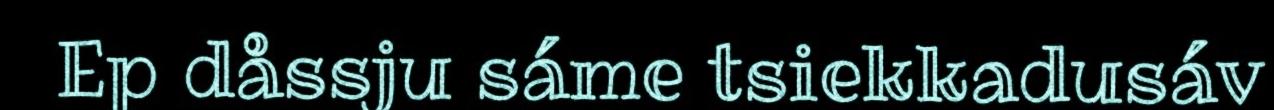
Ep dåssju sáme tsiekkadusáv